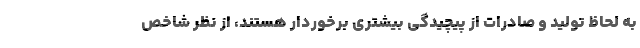
به لحاظ تولید و صادرات از پیچیدگی بیشتری برخوردار هستند، از نظر شاخص